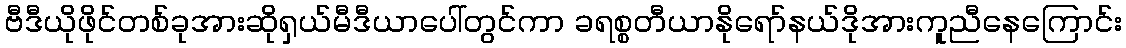
ဗီဒီယိုဖိုင်တစ်ခုအားဆိုရှယ်မီဒီယာပေါ်တွင်ကာ ခရစ္စတီယာနိုရော်နယ်ဒိုအားကူညီနေကြောင်း